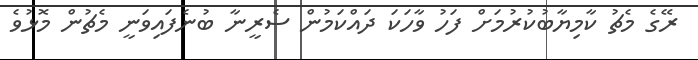
ރޭގެ މެޗު ކާމިޔާބުކުރުމަށް ފަހު ވާހަކަ ދައްކަމުން ސެރީނާ ބުނެފައިވަނީ މެޗުން މޮޅުވެ